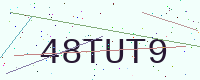
Text: 48TUT9